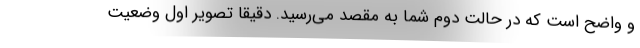
و واضح است که در حالت دوم شما به مقصد می‌رسید. دقیقا تصویر اول وضعیت